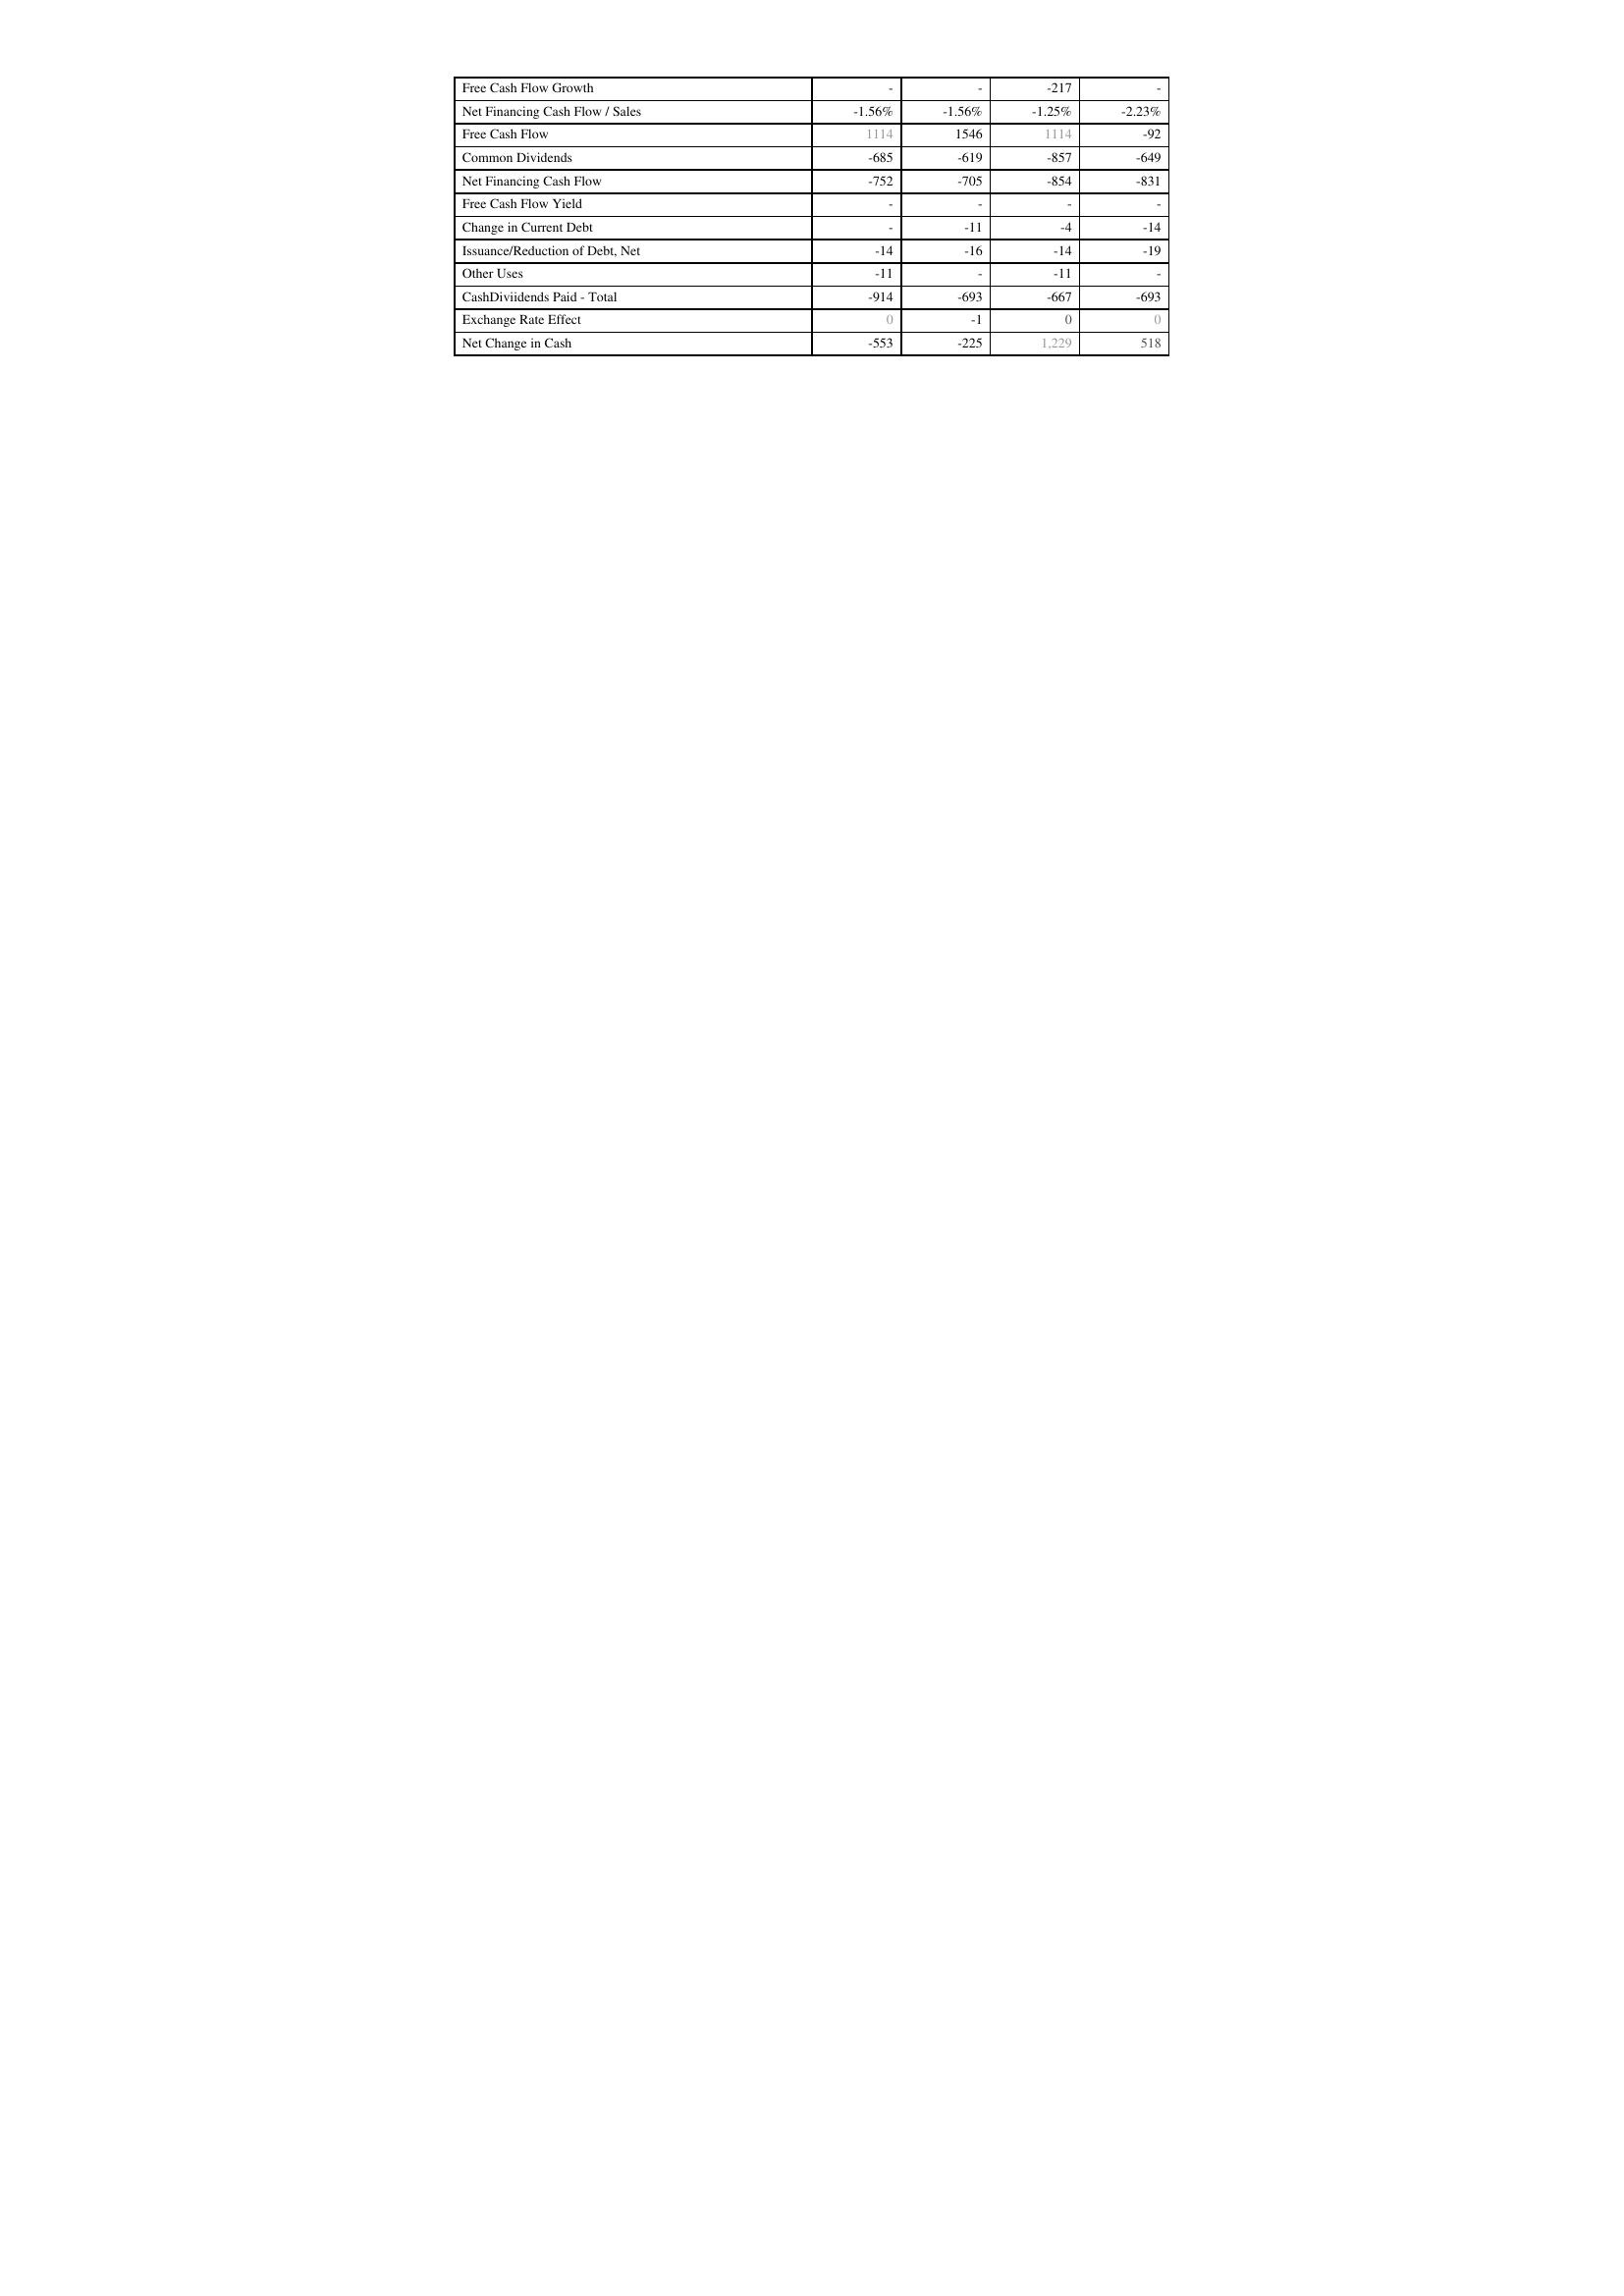
2012: Financing Activities: Free Cash Flow Growth: -
Net Financing Cash Flow / Sales: -1.56%
Free Cash Flow: 1114
Common Dividends: -685
Net Financing Cash Flow: -752
Free Cash Flow Yield: -
Change in Current Debt: -
Issuance/Reduction of Debt, Net: -14
Other Uses: -11
CashDiviidends Paid - Total: -914
Exchange Rate Effect: 0
Net Change in Cash: -553
2013: Financing Activities: Free Cash Flow Growth: -
Net Financing Cash Flow / Sales: -1.56%
Free Cash Flow: 1546
Common Dividends: -619
Net Financing Cash Flow: -705
Free Cash Flow Yield: -
Change in Current Debt: -11
Issuance/Reduction of Debt, Net: -16
Other Uses: -
CashDiviidends Paid - Total: -693
Exchange Rate Effect: -1
Net Change in Cash: -225
2014: Financing Activities: Free Cash Flow Growth: -217
Net Financing Cash Flow / Sales: -1.25%
Free Cash Flow: 1114
Common Dividends: -857
Net Financing Cash Flow: -854
Free Cash Flow Yield: -
Change in Current Debt: -4
Issuance/Reduction of Debt, Net: -14
Other Uses: -11
CashDiviidends Paid - Total: -667
Exchange Rate Effect: 0
Net Change in Cash: 1,229
2015: Financing Activities: Free Cash Flow Growth: -
Net Financing Cash Flow / Sales: -2.23%
Free Cash Flow: -92
Common Dividends: -649
Net Financing Cash Flow: -831
Free Cash Flow Yield: -
Change in Current Debt: -14
Issuance/Reduction of Debt, Net: -19
Other Uses: -
CashDiviidends Paid - Total: -693
Exchange Rate Effect: 0
Net Change in Cash: 518